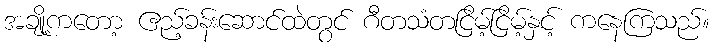
အချို့ကတော့ ဧည့်ခန်းဆောင်ထဲတွင် ဂီတသံတငြိမ့်ငြိမ့်နှင့် ကနေကြသည်။